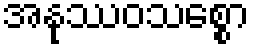
အနုဿဝသစ္စော